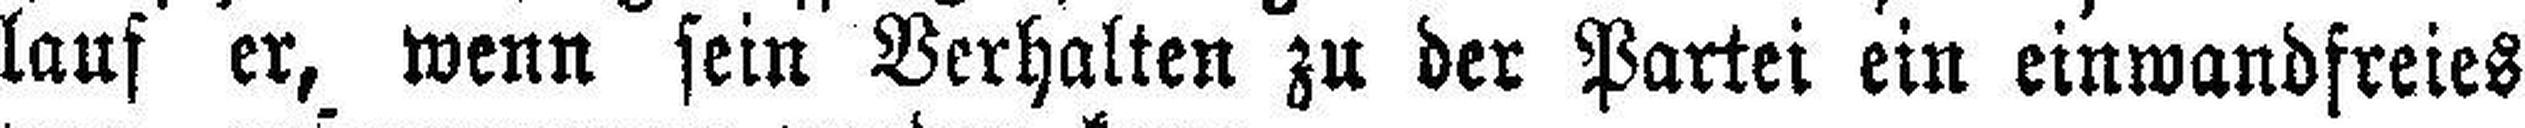
lauf er, wenn sein Verhalten zu der Partei ein einwandfreies